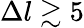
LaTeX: \Delta l\gtrsim 5